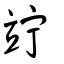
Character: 竚